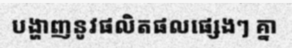
បង្ហាញនូវផលិតផលផ្សេងៗ គ្នា